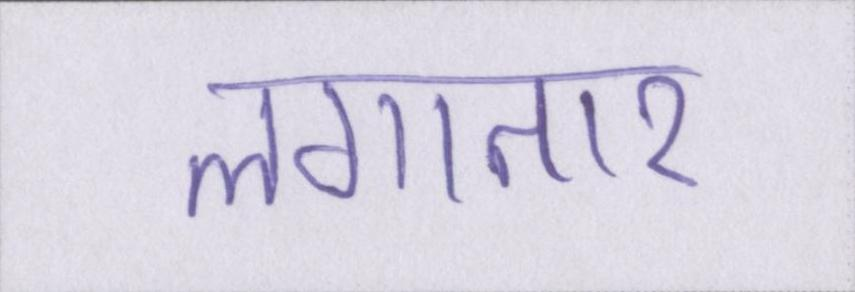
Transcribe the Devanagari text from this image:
लगातार